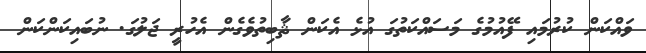
ވައްކަން ކުރުމައި ފޭއުމުގެ މަސައްކަތުގަ އުޅެ އެކަން ޘާބިތުވެގެން އެހުރީ ޖަލުގަ. ނުބައިކަންކަން